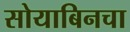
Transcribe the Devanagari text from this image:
सोयाबिनचा